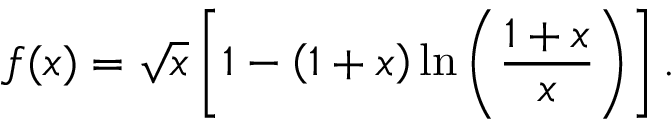
f ( x ) = \sqrt { x } \left[ 1 - \left( 1 + x \right) \mathrm { l n } \left( \frac { 1 + x } { x } \right) \right] .